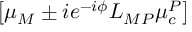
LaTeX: \left[ \mu _ { M } \pm i e ^ { - i \phi } L _ { M P } \mu _ { c } ^ { P } \right]